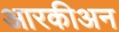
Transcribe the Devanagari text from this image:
आरकीअन